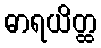
ဓာရယိတ္ထ